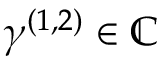
\gamma ^ { ( 1 , 2 ) } \in \mathbb { C }